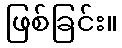
ဖြစ်ခြင်း။